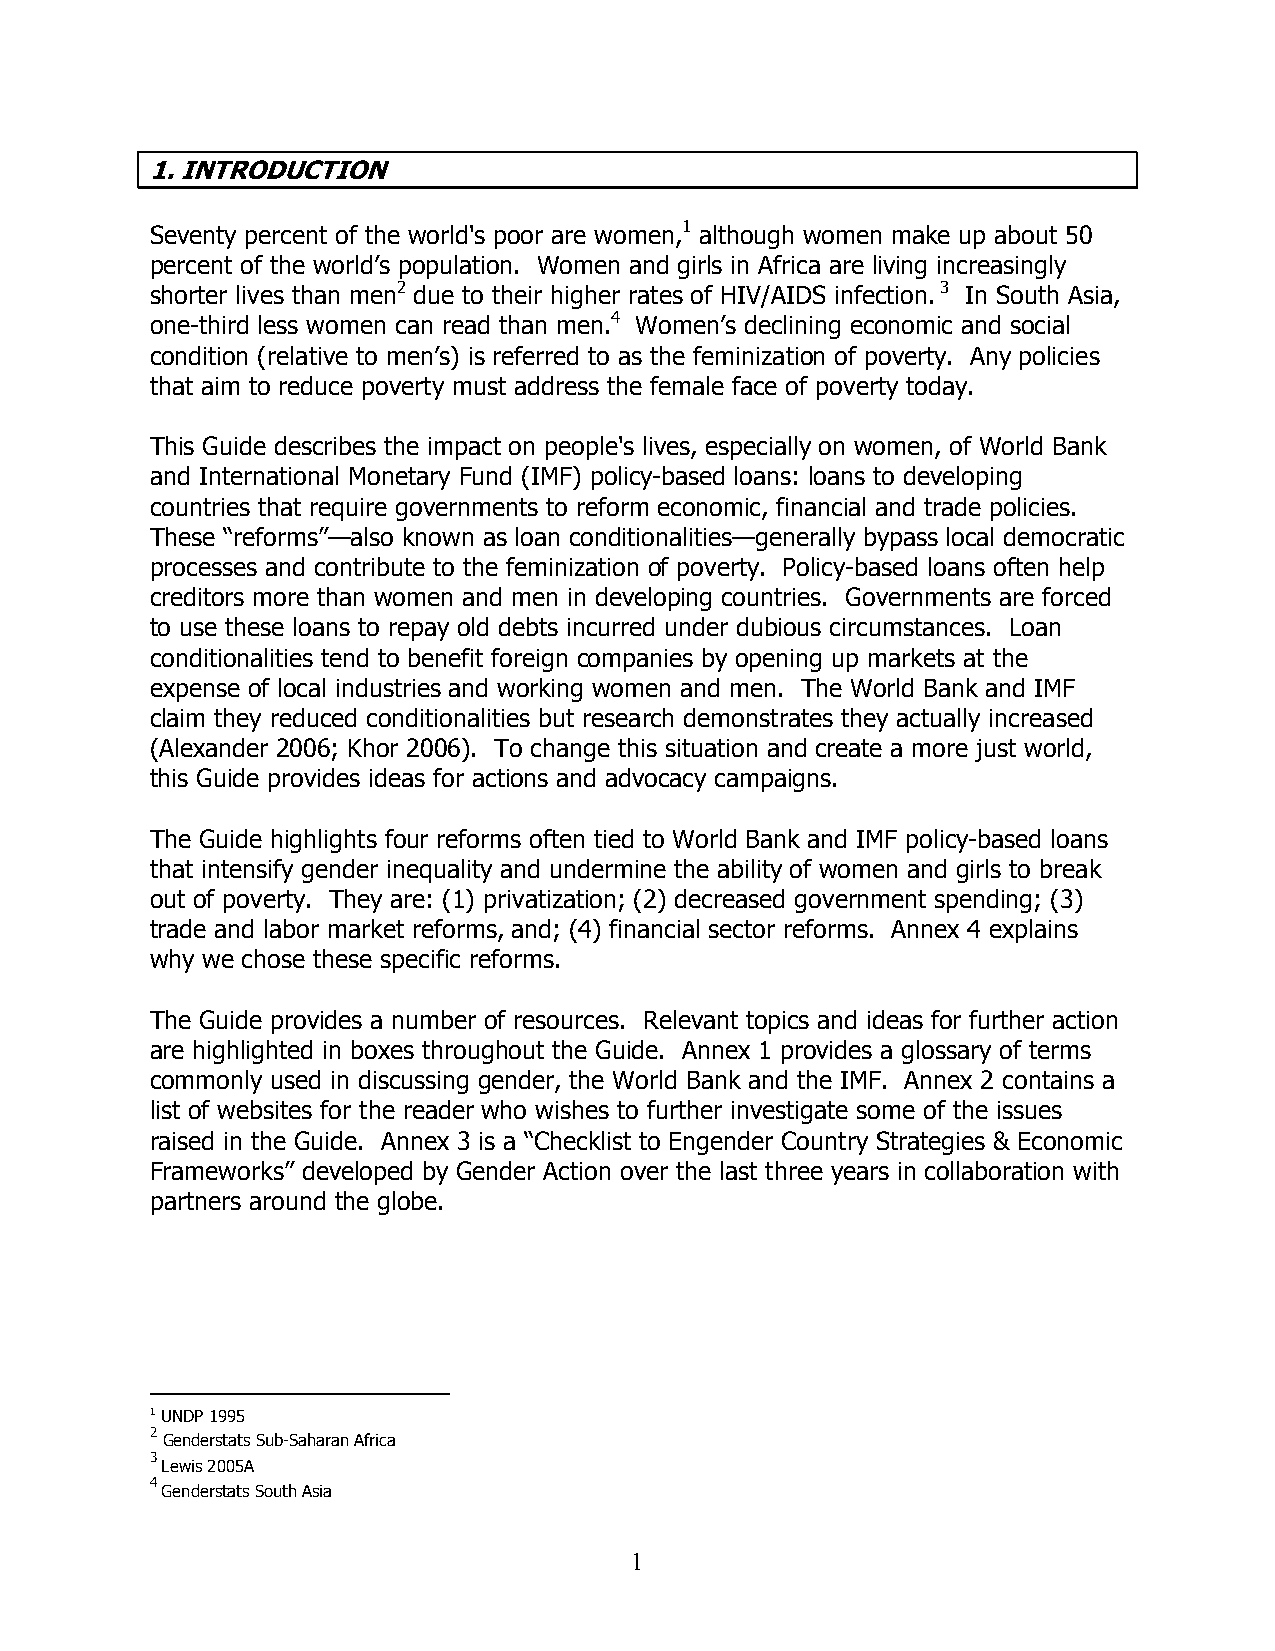
1. INTRODUCTION
 Seventy percent of the world's poor are women,1 although women make up about 50
 percent of the world’s population. Women and girls in Africa are living increasingly
 shorter lives than men2 due to their higher rates of HIV/AIDS infection. 3 In South Asia,
 one-third less women can read than men.4 Women’s declining economic and social
 condition (relative to men’s) is referred to as the feminization of poverty. Any policies
 that aim to reduce poverty must address the female face of poverty today.
 This Guide describes the impact on people's lives, especially on women, of World Bank
 and International Monetary Fund (IMF) policy-based loans: loans to developing
 countries that require governments to reform economic, financial and trade policies.
 These “reforms”—also known as loan conditionalities—generally bypass local democratic
 processes and contribute to the feminization of poverty. Policy-based loans often help
 creditors more than women and men in developing countries. Governments are forced
 to use these loans to repay old debts incurred under dubious circumstances. Loan
 conditionalities tend to benefit foreign companies by opening up markets at the
 expense of local industries and working women and men. The World Bank and IMF
 claim they reduced conditionalities but research demonstrates they actually increased
 (Alexander 2006; Khor 2006). To change this situation and create a more just world,
 this Guide provides ideas for actions and advocacy campaigns.
 The Guide highlights four reforms often tied to World Bank and IMF policy-based loans
 that intensify gender inequality and undermine the ability of women and girls to break
 out of poverty. They are: (1) privatization; (2) decreased government spending; (3)
 trade and labor market reforms, and; (4) financial sector reforms. Annex 4 explains
 why we chose these specific reforms.
 The Guide provides a number of resources. Relevant topics and ideas for further action
 are highlighted in boxes throughout the Guide. Annex 1 provides a glossary of terms
 commonly used in discussing gender, the World Bank and the IMF. Annex 2 contains a
 list of websites for the reader who wishes to further investigate some of the issues
 raised in the Guide. Annex 3 is a “Checklist to Engender Country Strategies & Economic
 Frameworks” developed by Gender Action over the last three years in collaboration with
 partners around the globe.
 1 UNDP 1995
 2
 Genderstats Sub-Saharan Africa
 3
 Lewis 2005A
 4
 Genderstats South Asia
 1